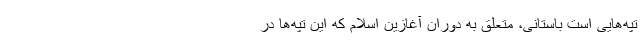
تپه‌هایی است باستانی، متعلق به دوران آغازین اسلام که این تپه‌ها در